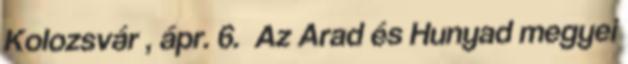
Kolozsvár , ápr. 6. Az Arad és Hunyad megyei